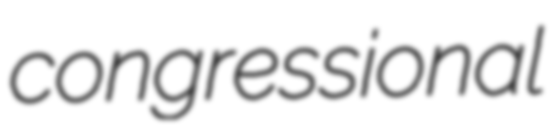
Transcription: congressional